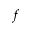
f